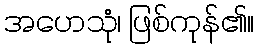
အဟေသုံ၊ ဖြစ်ကုန်၏။